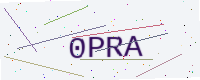
Text: 0PRA